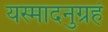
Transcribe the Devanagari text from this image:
यस्मादनुग्रहं